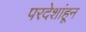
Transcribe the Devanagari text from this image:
परदेशांहून